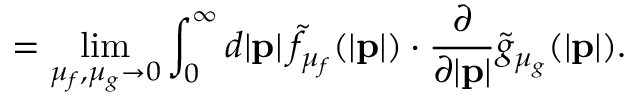
\: \: \: \: \: \: \: \: \: \: \: \: \: \: \: \: \: \: = \operatorname * { l i m } _ { \mu _ { f } , \mu _ { g } \to 0 } \int _ { 0 } ^ { \infty } d | { \bf p } | \: { \tilde { f } } _ { { \mu } _ { f } } ( | { \bf p } | ) \cdot \frac { \partial } { \partial | { \bf p } | } { \tilde { g } } _ { { \mu } _ { g } } ( | { \bf p } | ) .